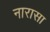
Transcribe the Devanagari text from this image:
नारासा